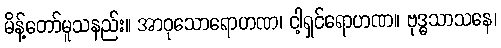
မိန့်တော်မူသနည်း။ အာဝုသောရောဟဏ၊ ငါ့ရှင်ရောဟဏ။ ဗုဒ္ဓသာသနေ၊